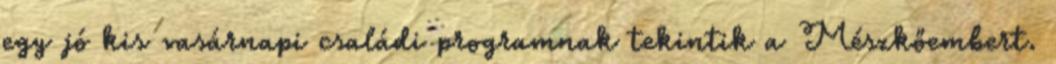
egy jó kis vasárnapi családi programnak tekintik a Mészkőembert.